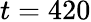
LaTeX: t=420